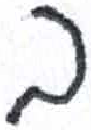
אות: ב